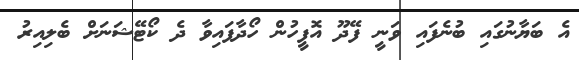
އެ ބަޔާނުގައި ބުނެފައި ވަނީ ފޭދޫ އޮފީހުން ހޯދާފައިވާ ދެ ކޯޓޭޝަނަށް ބެލިއިރު